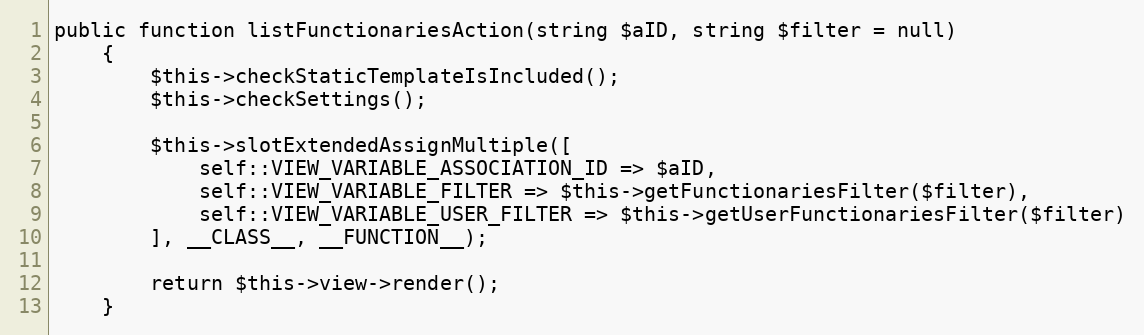
Language: PHP
public function listFunctionariesAction(string $aID, string $filter = null)
    {
        $this->checkStaticTemplateIsIncluded();
        $this->checkSettings();

        $this->slotExtendedAssignMultiple([
            self::VIEW_VARIABLE_ASSOCIATION_ID => $aID,
            self::VIEW_VARIABLE_FILTER => $this->getFunctionariesFilter($filter),
            self::VIEW_VARIABLE_USER_FILTER => $this->getUserFunctionariesFilter($filter)
        ], __CLASS__, __FUNCTION__);

        return $this->view->render();
    }